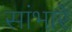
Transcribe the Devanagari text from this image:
सांभारे